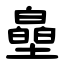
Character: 皨